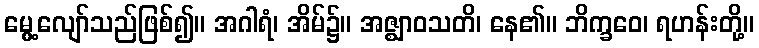
မွေ့လျော်သည်ဖြစ်၍။ အဂါရံ၊ အိမ်၌။ အဇ္ဈာဝသတိ၊ နေ၏။ ဘိက္ခဝေ၊ ရဟန်းတို့။